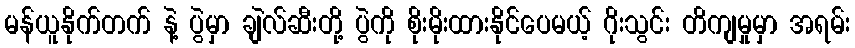
မန်ယူနိုက်တက် နဲ့ ပွဲမှာ ချဲလ်ဆီးတို့ ပွဲကို စိုးမိုးထားနိုင်ပေမယ့် ဂိုးသွင်း တိကျမှုမှာ အရမ်း